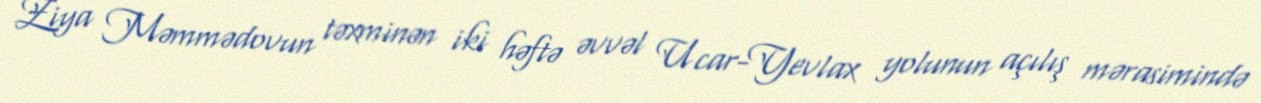
Ziya Məmmədovun təxminən iki həftə əvvəl Ucar-Yevlax yolunun açılış mərasimində